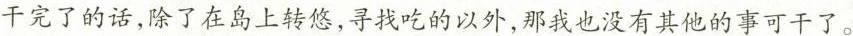
干完了的话，除了在岛上转悠，寻找吃的以外，那我也没有其他的事可干了。